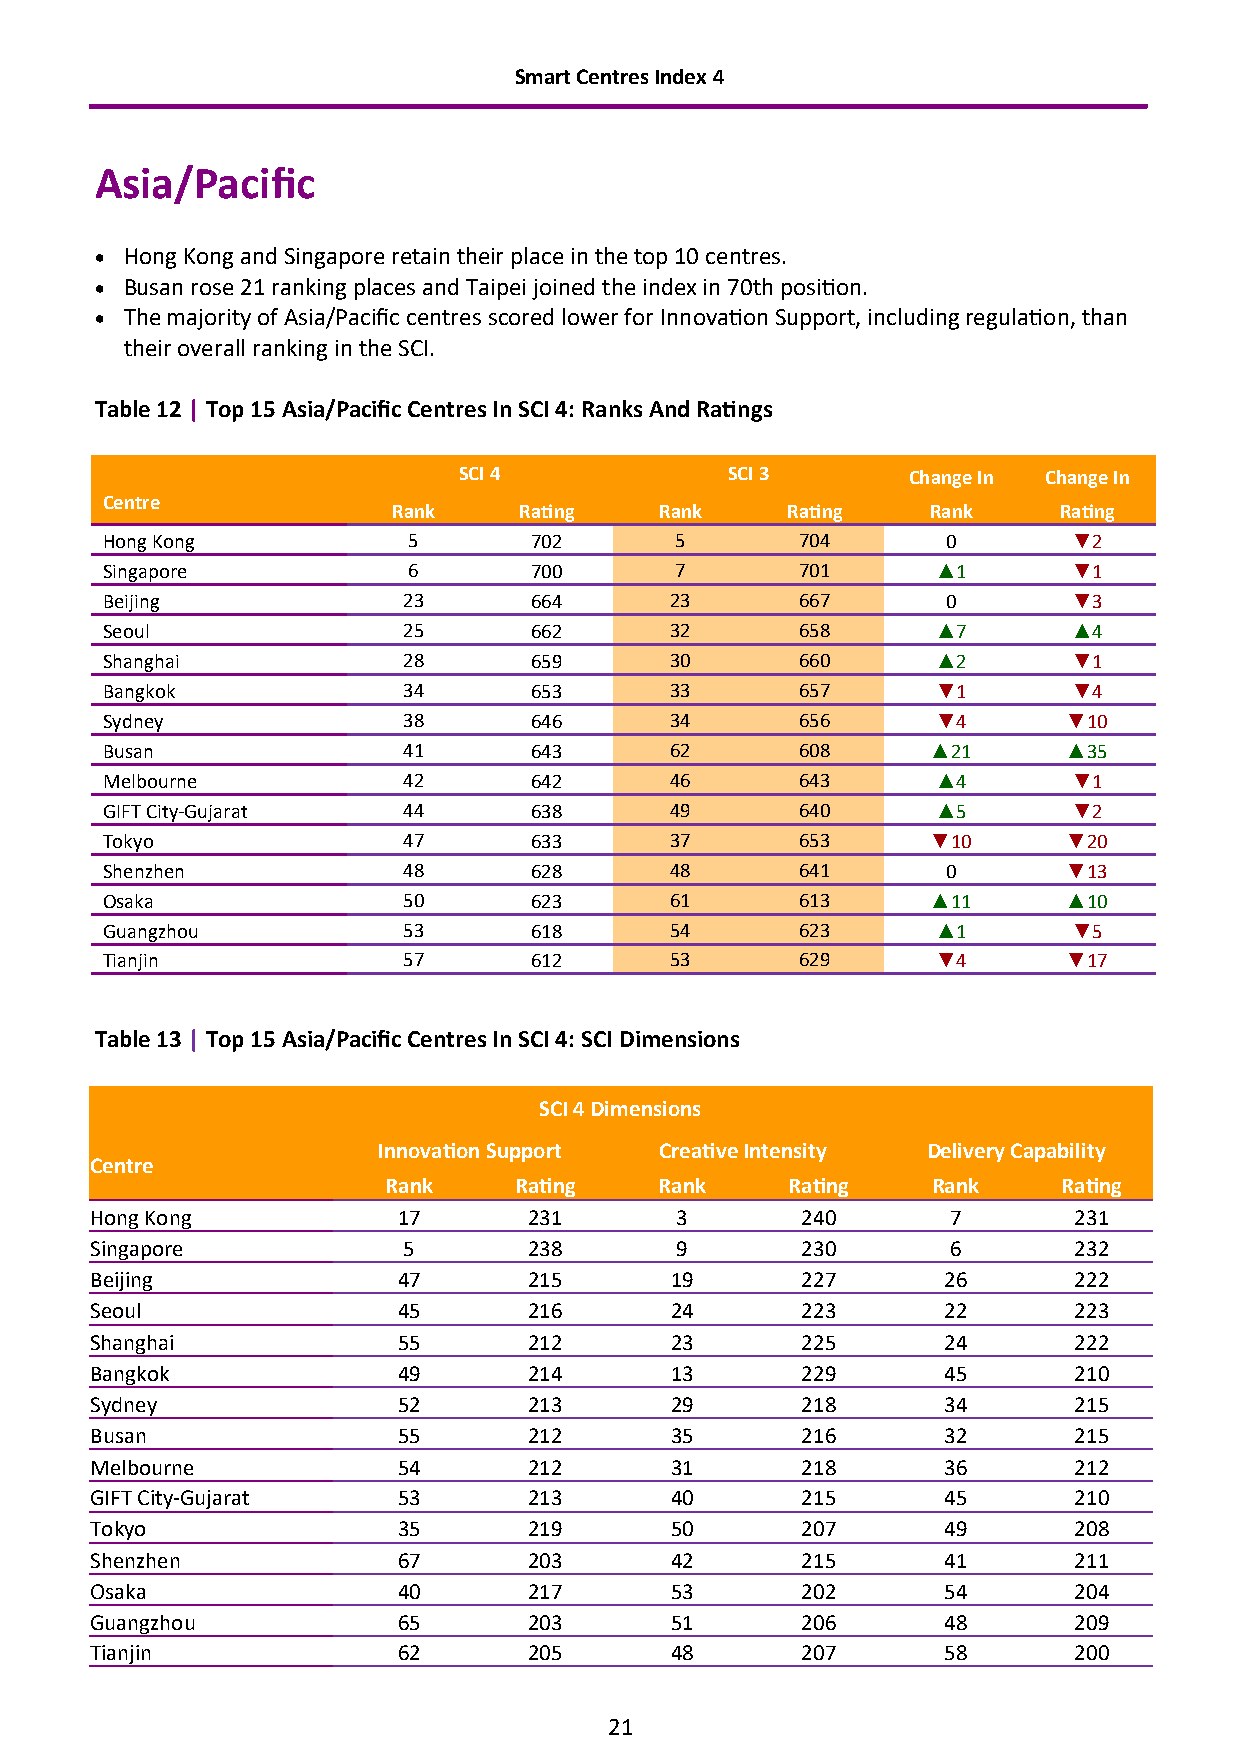
Smart Centres Index 4
 Asia/Pacific
 • Hong Kong and Singapore retain their place in the top 10 centres.
 • Busan rose 21 ranking places and Taipei joined the index in 70th position.
 • The majority of Asia/Pacific centres scored lower for Innovation Support, including regulation, than
 their overall ranking in the SCI.
 Table 12 | Top 15 Asia/Pacific Centres In SCI 4: Ranks And Ratings
 SCI 4             SCI 3       Change In Change In
 Centre
 Rank    Rating    Rank    Rating    Rank    Rating
 Hong Kong           5       702       5       704       0       ▼2
 Singapore           6       700       7       701      ▲1       ▼1
 Beijing             23      664      23       667       0       ▼3
 Seoul               25      662      32       658      ▲7       ▲4
 Shanghai            28      659      30       660      ▲2       ▼1
 Bangkok             34      653      33       657      ▼1       ▼4
 Sydney              38      646      34       656      ▼4       ▼10
 Busan               41      643      62       608      ▲21      ▲35
 Melbourne           42      642      46       643      ▲4       ▼1
 GIFT City-Gujarat   44      638      49       640      ▲5       ▼2
 Tokyo               47      633      37       653      ▼10      ▼20
 Shenzhen            48      628      48       641       0       ▼13
 Osaka               50      623      61       613      ▲11      ▲10
 Guangzhou           53      618      54       623      ▲1       ▼5
 Tianjin             57      612      53       629      ▼4       ▼17
 Table 13 | Top 15 Asia/Pacific Centres In SCI 4: SCI Dimensions
 SCI 4 Dimensions
 Innovation Support Creative Intensity Delivery Capability
 Centre
 Rank     Rating    Rank    Rating    Rank    Rating
 Hong Kong           17       231       3       240       7       231
 Singapore            5       238       9       230       6       232
 Beijing             47       215      19       227      26       222
 Seoul               45       216      24       223      22       223
 Shanghai            55       212      23       225      24       222
 Bangkok             49       214      13       229      45       210
 Sydney              52       213      29       218      34       215
 Busan               55       212      35       216      32       215
 Melbourne           54       212      31       218      36       212
 GIFT City-Gujarat   53       213      40       215      45       210
 Tokyo               35       219      50       207      49       208
 Shenzhen            67       203      42       215      41       211
 Osaka               40       217      53       202      54       204
 Guangzhou           65       203      51       206      48       209
 Tianjin             62       205      48       207      58       200
 21